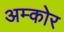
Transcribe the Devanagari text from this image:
अम्कोर